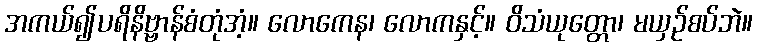
အကယ်၍ပရိနိဗ္ဗာန်စံတုံအံ့။ လောကေန၊ လောကနှင့်။ ဝိသံယုတ္တော၊ မယှဉ်စပ်ဘဲ။